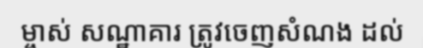
ម្ចាស់ សណ្ឋាគារ ត្រូវចេញសំណង ដល់